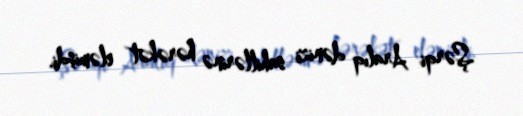
Şərqi Aralıq dənizi sahillərinə hərəkət eləmişdi.